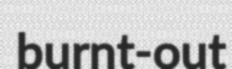
burnt-out